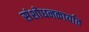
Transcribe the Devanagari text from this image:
संशोधनकार्यात